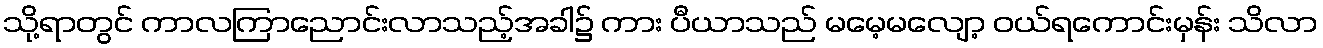
သို့ရာတွင် ကာလကြာညောင်းလာသည့်အခါ၌ ကား ပီယာသည် မမေ့မလျော့ ဝယ်ရကောင်းမှန်း သိလာ